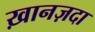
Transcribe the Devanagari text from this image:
ख़ानज़दा